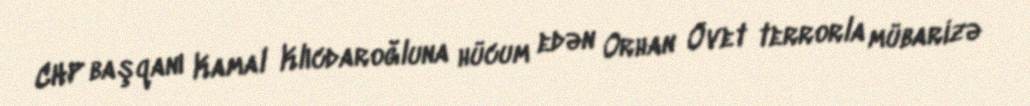
CHP başqanı Kamal Klıcdaroğluna hücum edən Orhan Övet terrorla mübarizə